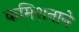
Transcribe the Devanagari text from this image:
कमिशनाने